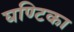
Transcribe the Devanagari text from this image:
घण्टिका